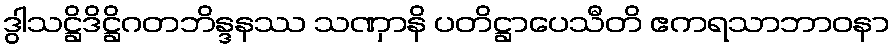
ဒွါသဋ္ဌိဒိဋ္ဌိဂတဘိန္ဒနဿ သဏှာနိ ပတိဋ္ဌာပေသီတိ ဧကရသာဘာဝနာ